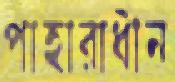
পাহারাধীন